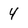
Character: 4